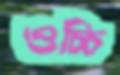
ওচ্চি